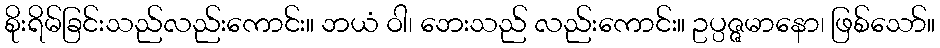
စိုးရိမ်ခြင်းသည်လည်းကောင်း။ ဘယံ ဝါ၊ ဘေးသည် လည်းကောင်း။ ဥပ္ပဇ္ဇမာနော၊ ဖြစ်သော်။